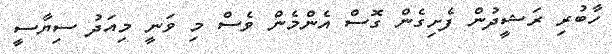
ހާބުރި ރަޝީދުން ފެށިގެން ގޮސް އެންމެން ވެސް މި ވަނީ މިއަދު ސިޔާސީ